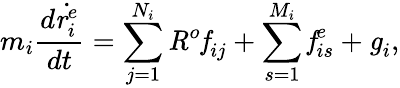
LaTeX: \textit{m}_{i}\frac{\textit{d}\dot{\textbf{\textit{r}}_{i}^{e}}}{\textit{dt}}=\sum_{j=1}^{N_{i}}\textbf{\textit{R}}^{o}\textbf{\textit{f}}_{ij}+\sum_{s=1}^{M_{i}}\textbf{\textit{f}}_{is}^{e}+\textbf{\textit{g}}_{i},